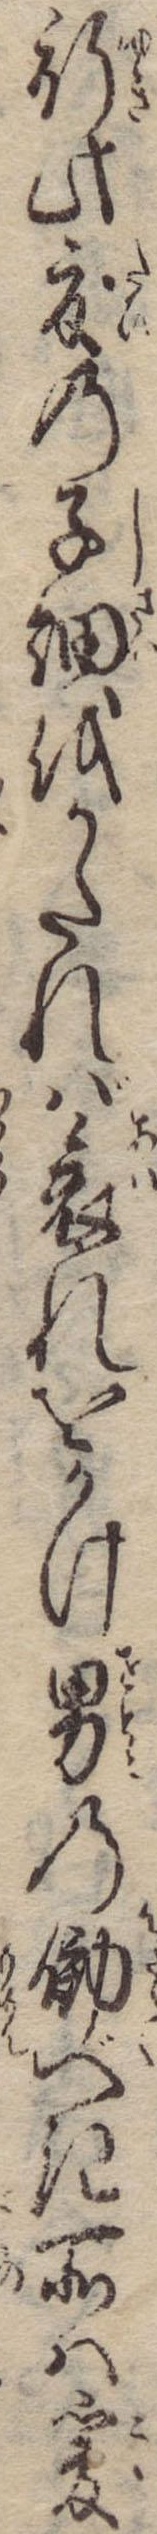
行此度の子細をかたれば哀れをかけ男の働べき所は爰